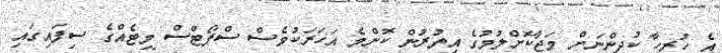
އެ ހުރިހާ ކުދިންނަށް މަޖާކޮށްލުމުގެ އިތުރުން ކޮންމެ އަހަރަކުވެސް ސްޕޯޓްސް މީޓެއްގެ ސިފައިގައި